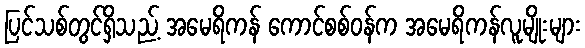
ပြင်သစ်တွင်ရှိသည့် အမေရိကန် ကောင်စစ်ဝန်က အမေရိကန်လူမျိုးများ